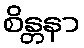
စိန္တနာ